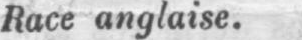
Race anglaise.